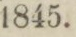
1845.